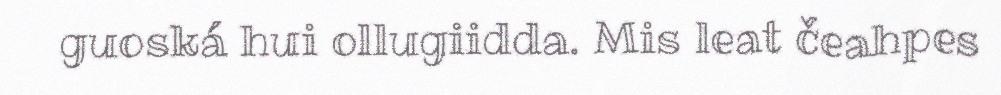
guoská hui ollugiidda. Mis leat čeahpes